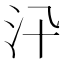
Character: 𣲌